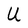
Character: U